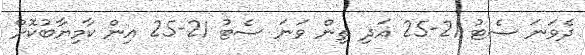
ދެވަނަ ސެޓު 21-25 އަދި ތިން ވަނަ ސެޓު 21-25 އިން ކާމިޔާބުކޮށް